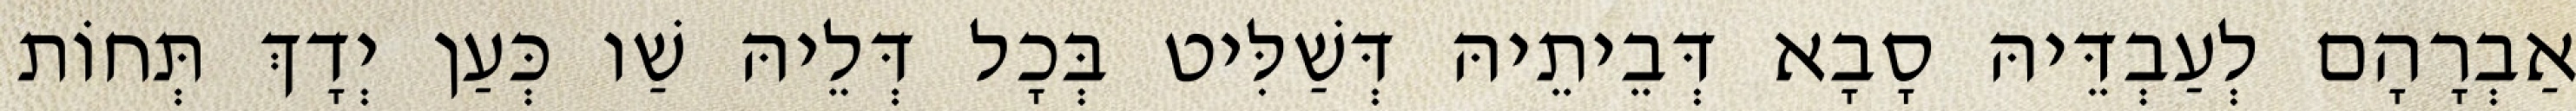
אַבְרָהָם לְעַבְדֵּיהּ סָבָא דְּבֵיתֵיהּ דְּשַׁלִּיט בְּכָל דְּלֵיהּ שַׁו כְּעַן יְדָךְ תְּחוֹת